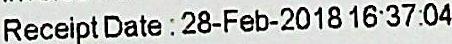
RECEIPT DATE : 28-FEB-2018 16:37:04